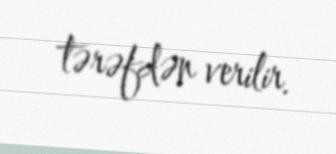
tərəfdən verilir.